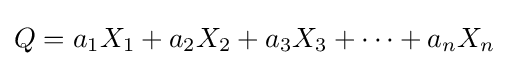
Q=a_{1}X_{1}+a_{2}X_{2}+a_{3}X_{3}+\dotsb +a_{n}X_{n}